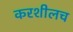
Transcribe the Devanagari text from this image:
करशीलच